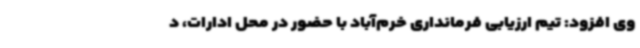
وی افزود: تیم ارزیابی فرمانداری خرم‌آباد با حضور در محل ادارات، د